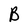
Character: B